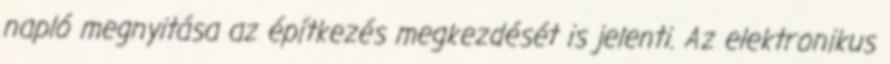
napló megnyitása az építkezés megkezdését is jelenti. Az elektronikus